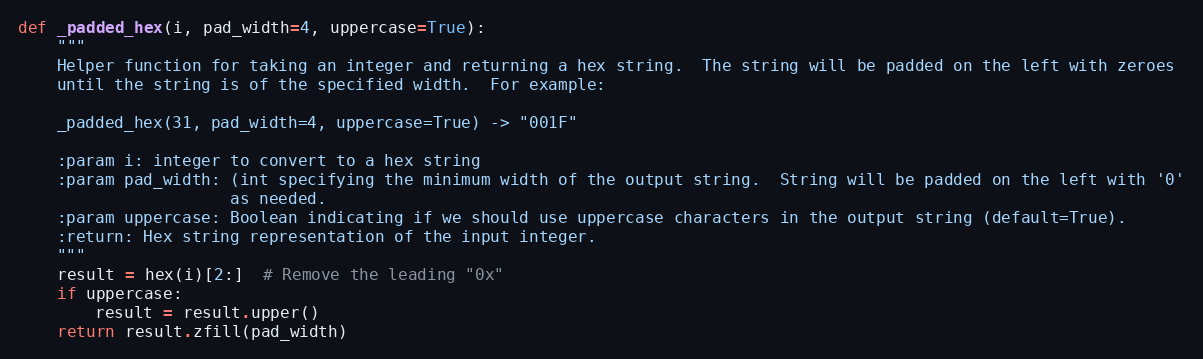
Language: Python
def _padded_hex(i, pad_width=4, uppercase=True):
    """
    Helper function for taking an integer and returning a hex string.  The string will be padded on the left with zeroes
    until the string is of the specified width.  For example:

    _padded_hex(31, pad_width=4, uppercase=True) -> "001F"

    :param i: integer to convert to a hex string
    :param pad_width: (int specifying the minimum width of the output string.  String will be padded on the left with '0'
                      as needed.
    :param uppercase: Boolean indicating if we should use uppercase characters in the output string (default=True).
    :return: Hex string representation of the input integer.
    """
    result = hex(i)[2:]  # Remove the leading "0x"
    if uppercase:
        result = result.upper()
    return result.zfill(pad_width)